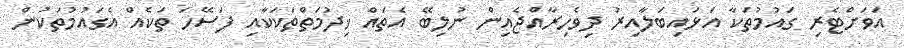
އަވަށްޓެރި ގައުމުތަކާ އަޅައިބަލާއިރު ދިވެހިރާއްޖެއިން ނުލިބޭ އެތައް ޚިދުމަތްތަކަކާއި ފަސޭހަ ތަކެއް އެގައުމުތަކުން